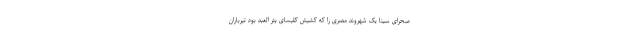
صحرای سینا یک شهروند مصری را که کشیش کلیسای بئر العبد بود تیرباران